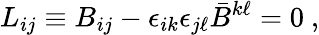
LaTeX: L_{ij}\equiv B_{ij}-\epsilon_{ik}\epsilon_{j\ell}\bar{B}^{k\ell}=0\ ,